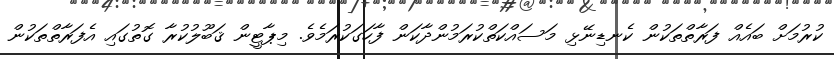
ކުރުމަށް ބައެއް ފަރާތްތަކުން ކެނޑިނޭޅި މަސައްކަތްކުރަމުންދާކަން ފާހަގަކުރަމެވެ. މިޕާޓީން ޤަބޫލުކުރާ ގޮތުގައި އެފަރާތްތަކުން